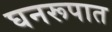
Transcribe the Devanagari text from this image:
घनरूपात